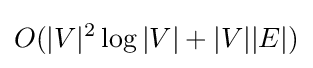
O(|V|^{2}\log |V|+|V||E|)